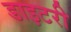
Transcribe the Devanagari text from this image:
डाइटरी